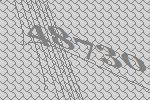
48730